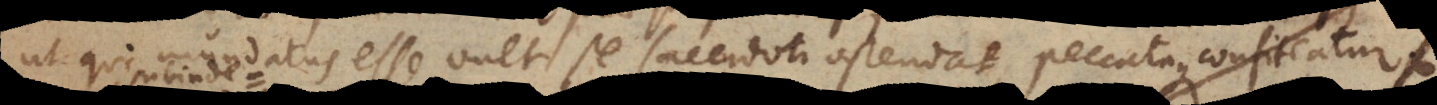
ut qui mundatus esse vult se sacerdoti ostendat, peccataque confiteatur,